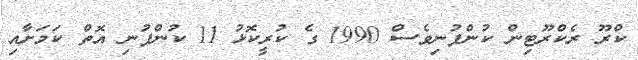
ކްރޫ ރެކްރޫޓިން ކުންފުނިވެސް 1990 ގެ ކުރީކޮޅު 11 ކުންފުނި އޮތް ކަމަށާއި